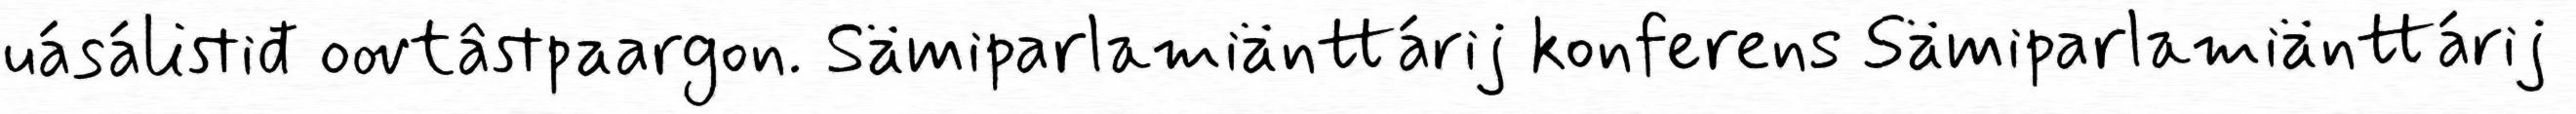
uásálistiđ oovtâstpaargon. Sämiparlamiänttárij konferens Sämiparlamiänttárij